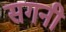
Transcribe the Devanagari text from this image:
सगनी